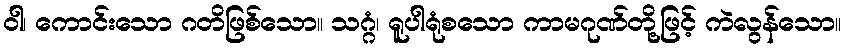
ဝါ၊ ကောင်းသော ဂတိဖြစ်သော။ သဂ္ဂံ၊ ရူပါရုံစသော ကာမဂုဏ်တို့ဖြင့် ကဲလွန်သော။